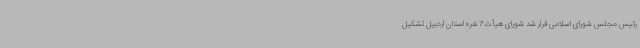
رئیس مجلس شورای اسلامی قرار شد شورای هیأت 7 نفره استان اردبیل تشکیل